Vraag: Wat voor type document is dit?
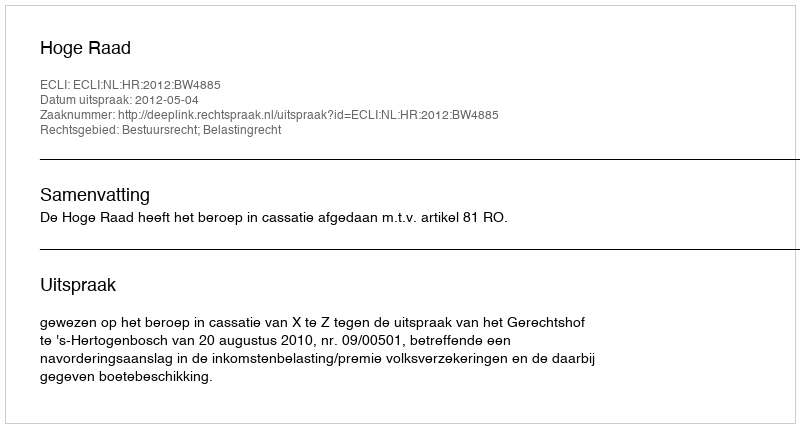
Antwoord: Uitspraak